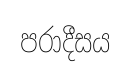
පරාදීසය